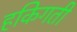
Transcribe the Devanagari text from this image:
हकिगती